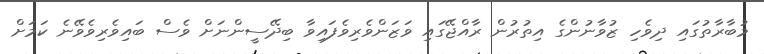
މުބާރާތުގައި ދިވެހި ޒުވާނުންގެ އިތުރުން ރާއްޖޭގައި ވަޒަންވެރިވެފައިވާ ބިދޭސީންނަށް ވެސް ބައިވެރިވެވޭނެ ކަމަށް